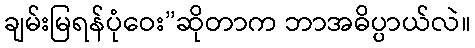
ချမ်းမြရန်ပုံဝေး”ဆိုတာက ဘာအဓိပ္ပာယ်လဲ။